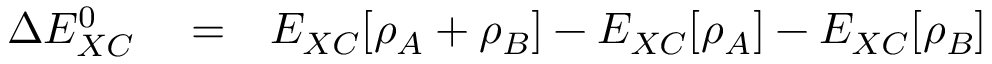
\begin{array} { r l r } { \Delta E _ { X C } ^ { 0 } } & { { } = } & { E _ { X C } [ \rho _ { A } + \rho _ { B } ] - E _ { X C } [ \rho _ { A } ] - E _ { X C } [ \rho _ { B } ] } \end{array}